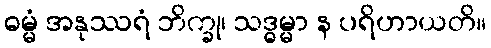
ဓမ္မံ အနုဿရံ ဘိက္ခု၊ သဒ္ဓမ္မာ န ပရိဟာယတိ။